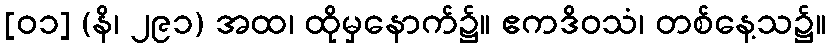
[၀၁] (နိ၊ ၂၉၁) အထ၊ ထိုမှနောက်၌။ ဧကဒိဝသံ၊ တစ်နေ့သ၌။